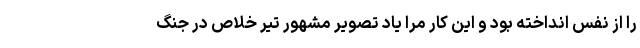
را از نفس انداخته بود و این کار مرا یاد تصویر مشهور تیر خلاص در جنگ